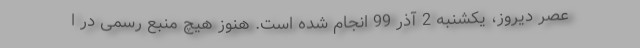
عصر دیروز، یکشنبه 2 آذر 99 انجام شده است. هنوز هیچ منبع رسمی در ا